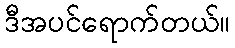
ဒီအပင်ရောက်တယ်။